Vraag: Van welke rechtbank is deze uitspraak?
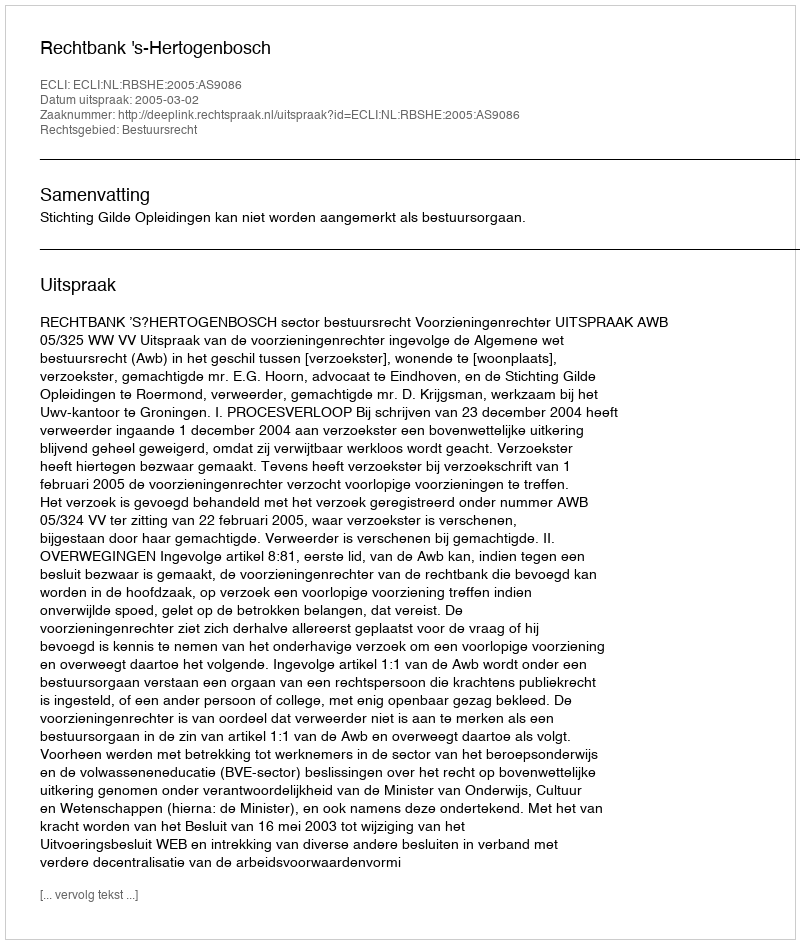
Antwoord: Rechtbank 's-Hertogenbosch